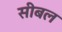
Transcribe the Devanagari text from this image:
सीबल